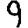
Digit: 9